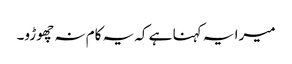
میرا یہ کہنا ہے کہ یہ کام نہ چھوڑو۔